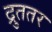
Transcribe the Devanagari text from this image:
द्रुततर